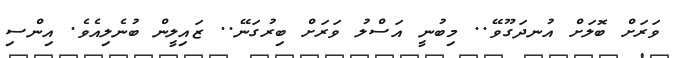
ވަރަށް ބޮލަށް އުނދަގޫވޭ.. މިބުނީ އަސްލު ވަރަށް ބިރުގަނޭ.. ޒައިލީން ބުނެލިއެވެ. އިންސި